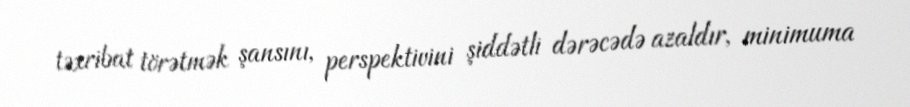
təxribat törətmək şansını, perspektivini şiddətli dərəcədə azaldır, minimuma